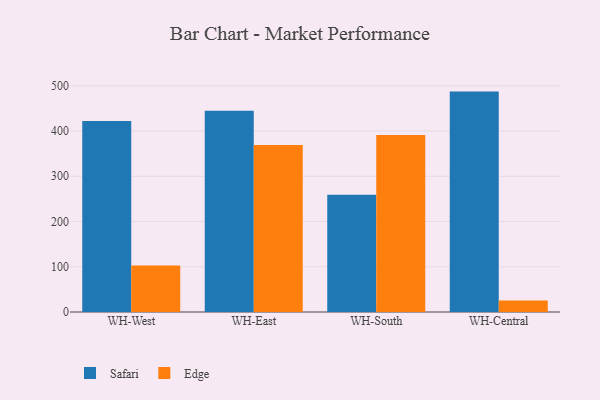
{"axis": {"x": "Warehouse", "y": "Bounce Rate (%)"}, "legend": ["Edge", "Safari"], "data": [{"x": "WH-West", "y": 422.4, "type": "Safari"}, {"x": "WH-West", "y": 103.0, "type": "Edge"}, {"x": "WH-East", "y": 444.9, "type": "Safari"}, {"x": "WH-East", "y": 369.4, "type": "Edge"}, {"x": "WH-South", "y": 259.0, "type": "Safari"}, {"x": "WH-South", "y": 391.5, "type": "Edge"}, {"x": "WH-Central", "y": 487.2, "type": "Safari"}, {"x": "WH-Central", "y": 25.3, "type": "Edge"}]}